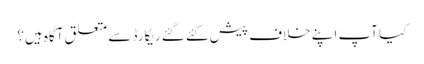
کیا آپ اپنے خلاف پیش کئے گئے ریکارڈ سے متعلق آگاہ ہیں؟